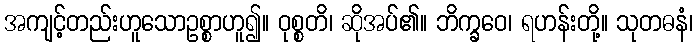
အကျင့်တည်းဟူသောဥစ္စာဟူ၍။ ဝုစ္စတိ၊ ဆိုအပ်၏။ ဘိက္ခဝေ၊ ရဟန်းတို့။ သုတဓနံ၊